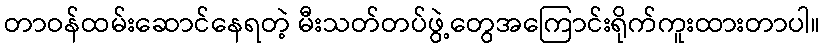
တာဝန်ထမ်းဆောင်နေရတဲ့ မီးသတ်တပ်ဖွဲ့တွေအကြောင်းရိုက်ကူးထားတာပါ။